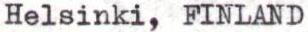
Helsinki, FINLAND